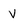
Character: V